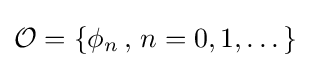
{\mathcal {O}}=\{\phi _{n}\,,\,n=0,1,\dots \}